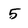
Character: 5